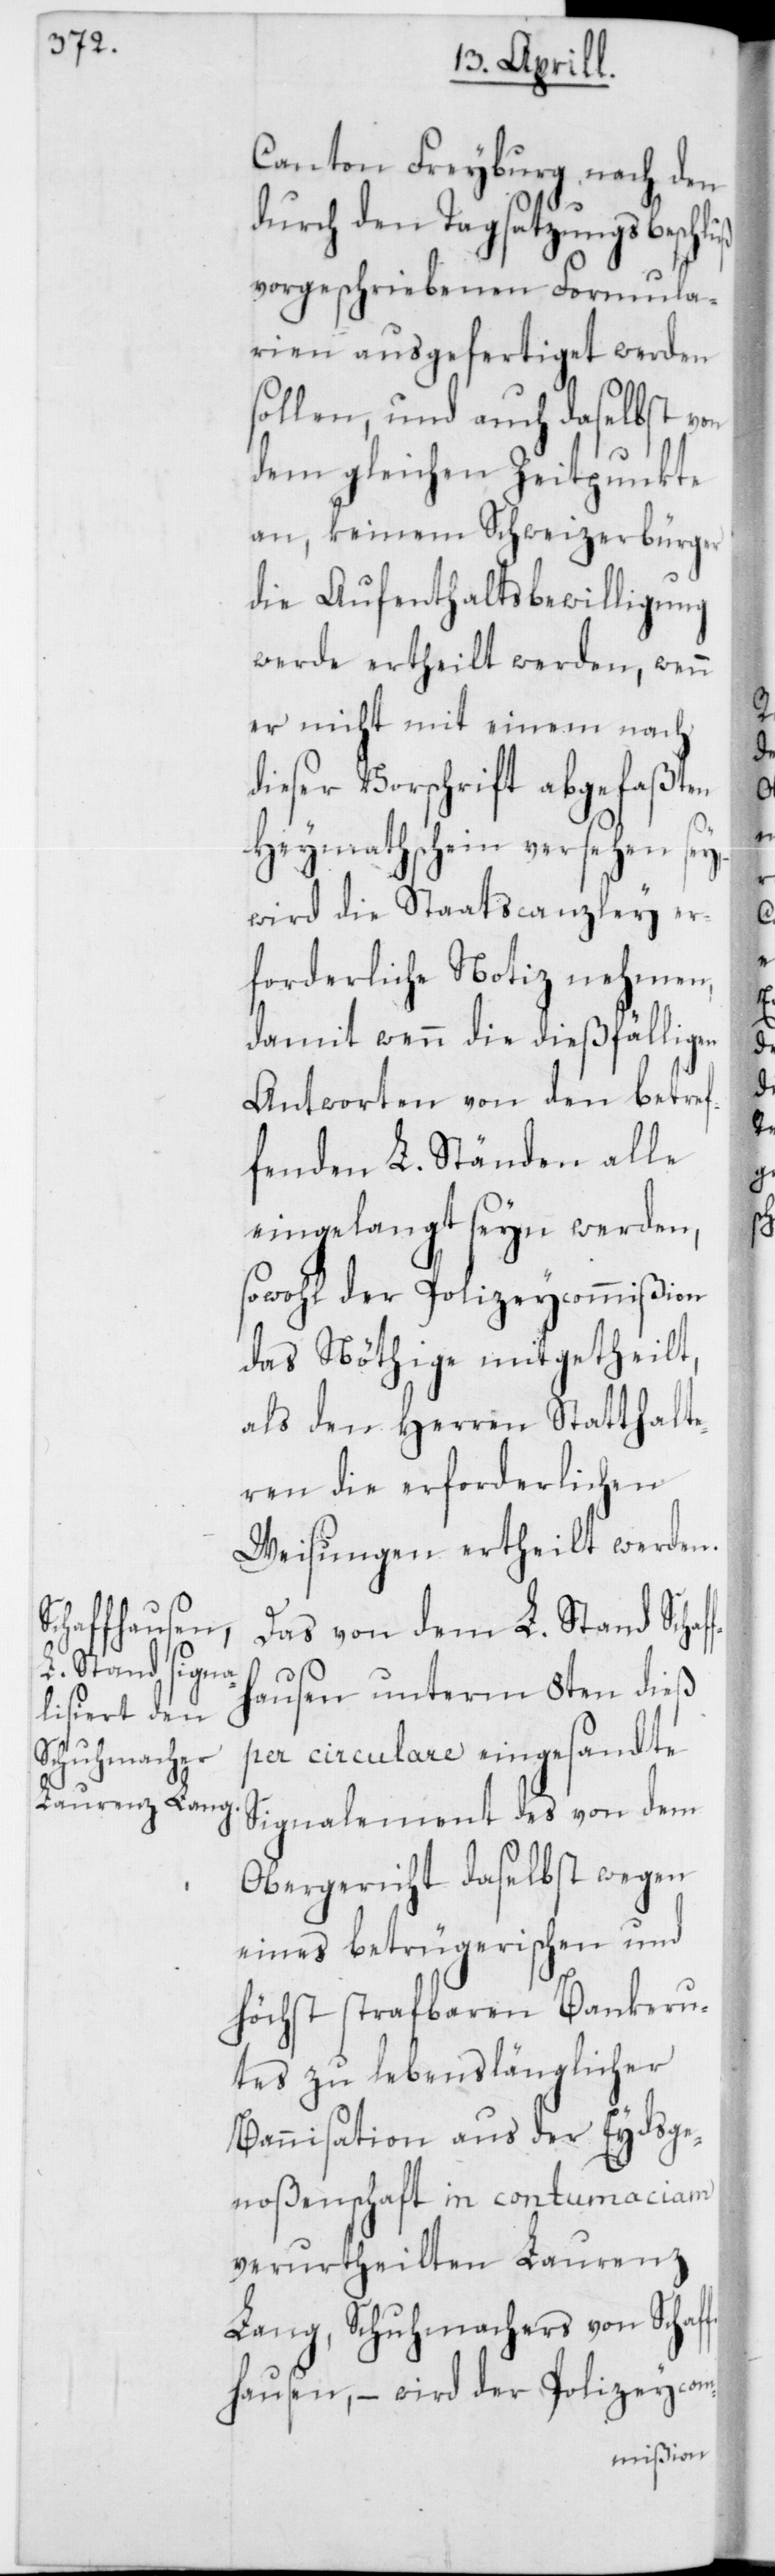
Canton Freyburg nach den
durch den Tagsatzungsbeschluß
vorgeschriebenen Formula¬
rien ausgefertiget werden
sollen, und auch daselbst von
dem gleichen Zeitpunkte
an, keinem Schweizerbürger
die Aufenthaltsbewilligung
werde ertheilt werden, wenn
er nicht mit einem nach
dieser Vorschrift abgefaßten
Heymathschein versehen sey,
wird die Staatscanzley er¬
forderliche Notiz nehmen,
damit wenn die dießfälligen
Antworten von den betref¬
fenden L. Ständen alle
eingelangt seyn werden,
sowohl der Polizeicommißion
das Nöthige mitgetheilt,
als den Herren Statthalte¬
ren die erforderlichen
Weisungen ertheilt werden.
Das von dem L. Stand Schaf¬
fhausen unterm 8ten dieß
per circulare eingesandte
Signalement des von dem
Obergericht daselbst wegen
eines betrügerischen und
höchst strafbaren Bankeru¬
tes zu lebenslänglicher
Bannisation aus der Eydsge¬
noßenschaft in contumaciam
verurtheilten Laurenz
Lang, Schuhmachers von Schaf¬
fhausen, – wird der Polizeicom-